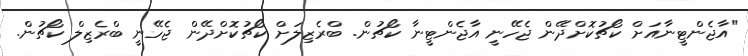
"އާޖެންޓީނާއަށް ކޯޗުކޮށްދޭން ޖެހޭނީ އާޖެންޓީނާ ކޯޗުން. ބްރެޒިލަށް ކޯޗުކޮށްދޭން ޖެހޭނީ ބްރެޒިލް ކޯޗުން.